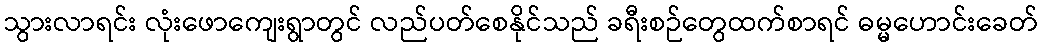
သွားလာရင်း လုံးဖောကျေးရွာတွင် လည်ပတ်စေနိုင်သည် ခရီးစဉ်တွေထက်စာရင် ဓမ္မဟောင်းခေတ်